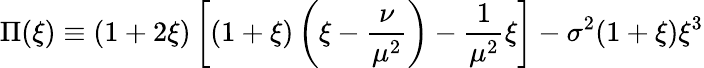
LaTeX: \Pi(\xi)\equiv(1+2\xi)\left[(1+\xi)\left(\xi-\frac{\nu}{\mu^{2}}\right)-\frac{1}{\mu^{2}}\xi\right]-\sigma^{2}(1+\xi)\xi^{3}